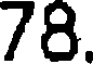
78.